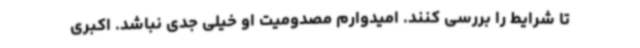
تا شرایط را بررسی کنند. امیدوارم مصدومیت او خیلی جدی نباشد. اکبری